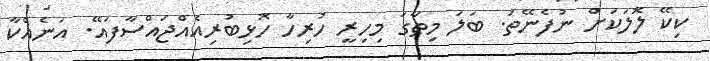
ކިކޭ ލޮލަކަށް ނުފެނޭތަ. ބަލަ މިތާގަ މިހިރީ ހުރިހާ ހޮޅިބުރިއެއްޖައްސާފައޭ. އަނެއްކާ